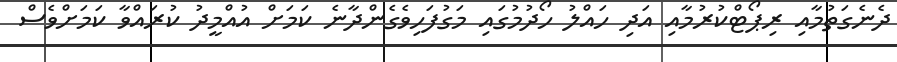
ދެނެގަތުމާއި ރިޕޯޓްކުރުމާއި އަދި ހައްލު ހޯދުމުގައި މަގުފަހިވެގެންދާނެ ކަމަށް އުއްމީދު ކުރައްވާ ކަމަށްވެސް